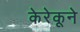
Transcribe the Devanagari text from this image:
केरेकूने